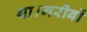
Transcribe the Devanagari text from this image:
था।गरीबों